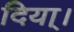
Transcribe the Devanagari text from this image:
दिया्।